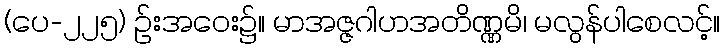
(ပေ-၂၂၅) ဉ်းအဝေး၌။ မာအဇ္ဇဂါဟအတိဏ္ဏမိ၊ မလွန်ပါစေလင့်။